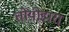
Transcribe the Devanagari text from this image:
तोयोहारा